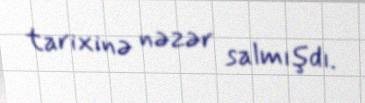
tarixinə nəzər salmışdı.